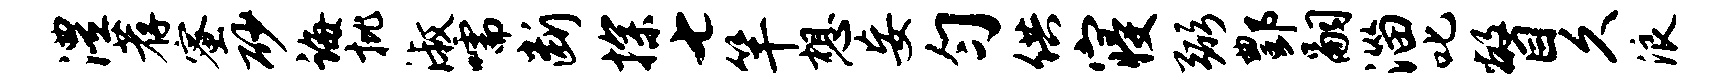
澧荐蜜砂诲批淑嚅断探七竿想妄匀供寝弼酆嗣淄叱瞥久浪